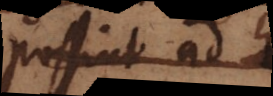
possent sed